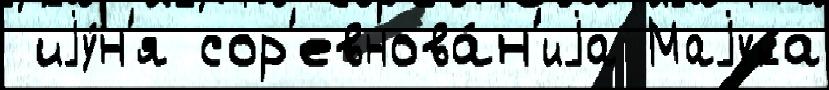
 иjу́н'я сор'евнова́н'иjа Маjука